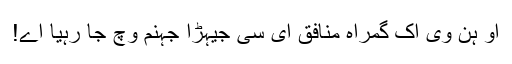
اُو ہُن وی اِک گمراہ منافق ای سی جیہڑا جہنم وِچ جا رہیا اے!